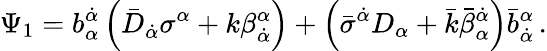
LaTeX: \Psi_{1}=b_{\alpha}^{\dot{\alpha}}\left(\bar{D}_{\dot{\alpha}}\sigma^{\alpha}+k\beta_{\dot{\alpha}}^{\alpha}\right)+\left(\bar{\sigma}^{\dot{\alpha}}D_{\alpha}+\bar{k}\bar{\beta}_{\alpha}^{\dot{\alpha}}\right)\bar{b}_{\dot{\alpha}}^{\alpha}\, .